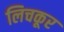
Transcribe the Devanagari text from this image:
लिचकूर